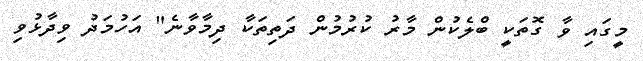
މީގައި ވާ ގޮތަކީ ބްލެކުން މާރު ކުރުމުން ދަތިތަކާ ދިމާވާނެ" އަހުމަދު ވިދާޅުވި